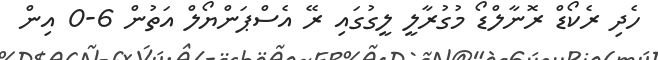
ހެދި ރެކޯޑް ރޮނާލްޑޯ މުގުރާލީ ލީގުގައި ރޭ އެސްޕަންޔޯލް އަތުން 6-0 އިން